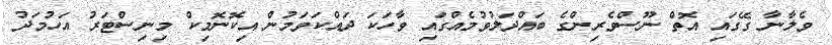
ވެލާނާ ގޭގައި އޮތް ނޫސްވެރިންގެ ބައްދަލުވުމެއްގައި ވާހަކަ ދައްކަވަމުން އިކޮނޮމިކް މިނިސްޓަރު އަހުމަދު